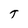
Character: T